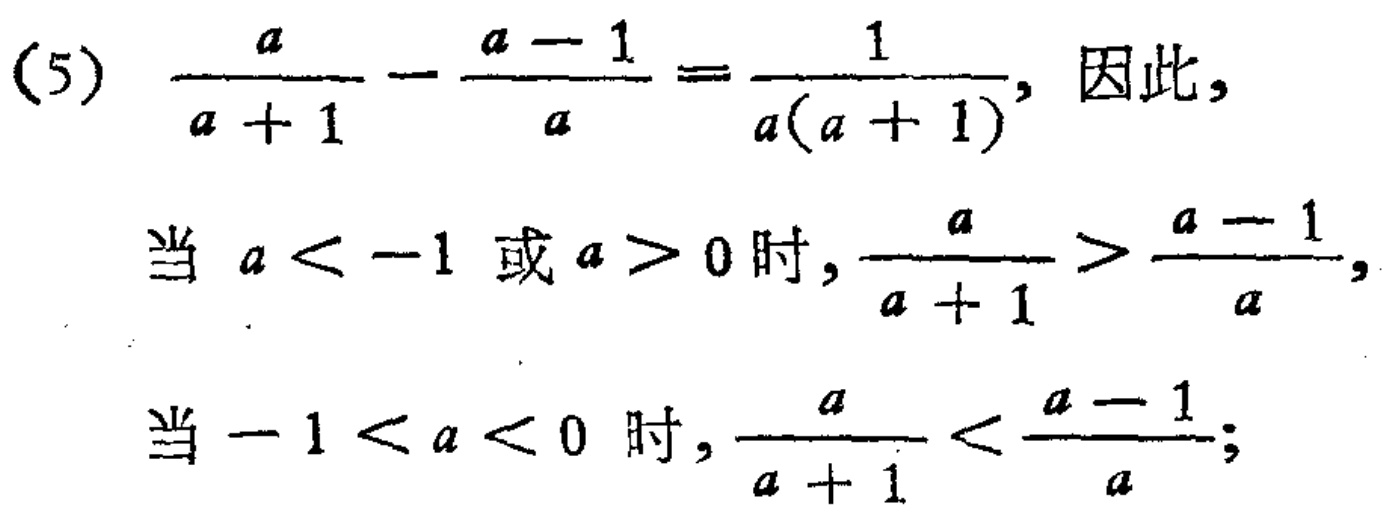
(5) \(\frac{a}{a + 1}-\frac{a - 1}{a}=\frac{1}{a(a + 1)}\), 因此,

当 \(a < -1\) 或 \(a > 0\) 时, \(\frac{a}{a + 1}>\frac{a - 1}{a}\),

当 \(-1 < a < 0\) 时, \(\frac{a}{a + 1}<\frac{a - 1}{a}\);